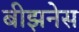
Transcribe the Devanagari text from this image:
बीझनेस